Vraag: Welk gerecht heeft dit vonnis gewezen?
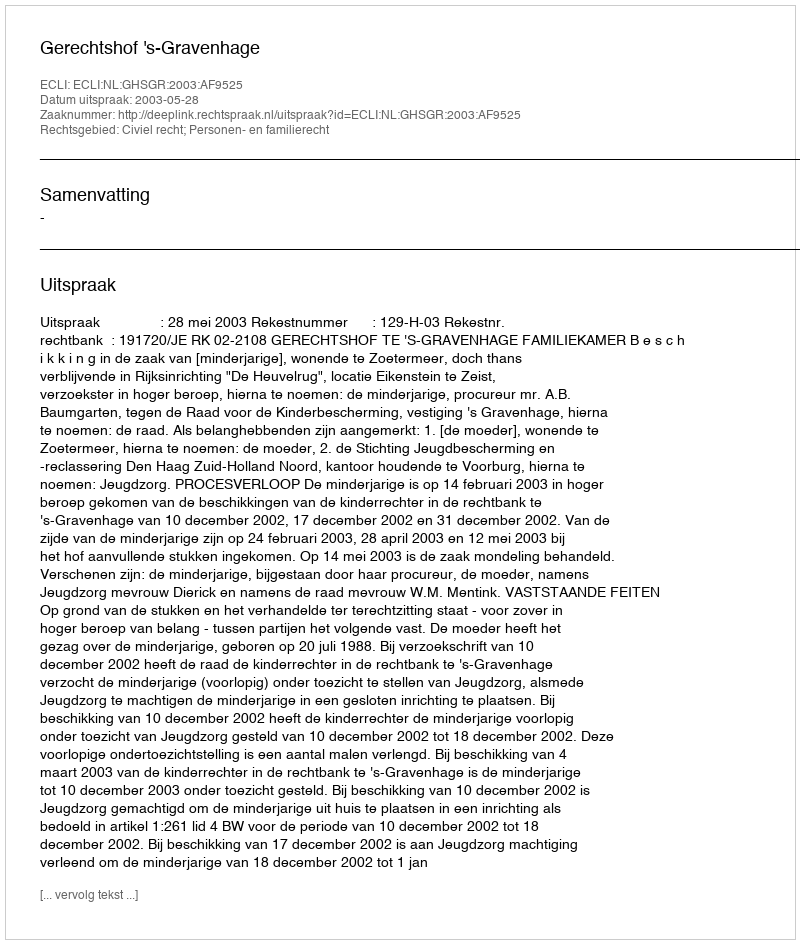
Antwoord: Gerechtshof 's-Gravenhage